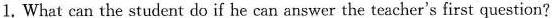
1. What can the student do if he can answer the teacher's first question?